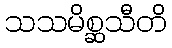
သသမိစ္ဆသီတိ